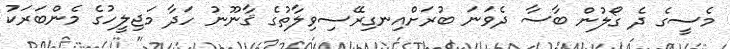
މެސީގެ ދެ ގޯލުން ބާސާ ދެވަނަ ބުރަށްއިނގިރޭސިވިލާތުގެ ޤާނޫނު ހަދާ މަޖިލީހުގެ މެންބަރަކު